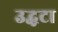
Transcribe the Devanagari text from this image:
उद्धटा